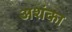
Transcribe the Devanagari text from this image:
अशंका